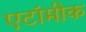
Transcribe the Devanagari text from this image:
एटॉमीक